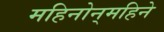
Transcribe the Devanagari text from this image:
महिनोन्‌महिने